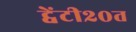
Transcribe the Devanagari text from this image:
ट्वेंटी२०त